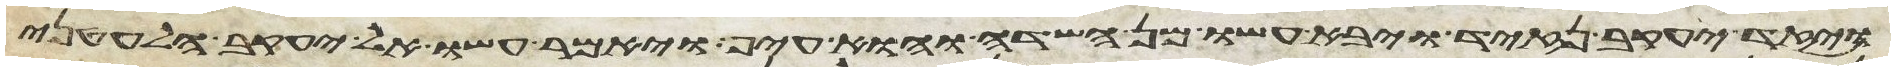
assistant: ויזד יעקב נזיד ויבא עשו מן השדה והוא עיף ויאמר עשו אל יעקב הלעטני